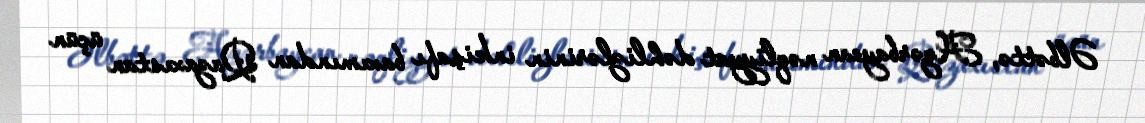
Əlbəttə, Azərbaycan nəqliyyat dəhlizlərinin inkişafı baxımından Qazaxıstan üçün